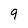
Character: 9